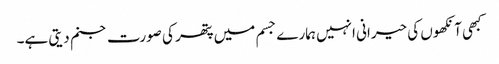
کبھی آنکھوں کی حیرانی انہیں ہمارے جسم میں پتھر کی صورت جنم دیتی ہے۔